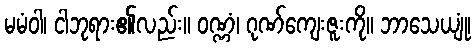
မမံဝါ၊ ငါဘုရား၏လည်း။ ဝဏ္ဏံ၊ ဂုဏ်ကျေးဇူးကို။ ဘာသေယျုံ၊